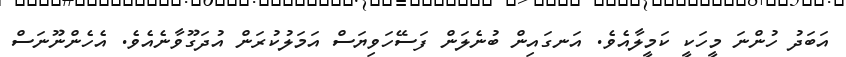
އަބަދު ހުންނަ މީހަކީ ކަމީލާއެވެ. އަނގައިން ބުނެލަން ފަސޭހަވިޔަސް އަމަލުކުރަން އުދަގޫވާނެއެވެ. އެހެންނޫނަސް